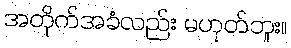
အတိုက်အခံလည်း မဟုတ်ဘူး။